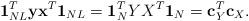
LaTeX: \begin{align*}\mathbf{1}_{NL}^T \mathbf{y}\mathbf{x}^T \mathbf{1}_{NL}=\mathbf{1}_{N}^T Y X^T \mathbf{1}_{N} =\mathbf{c}_Y^T\mathbf{c}_X.\end{align*}